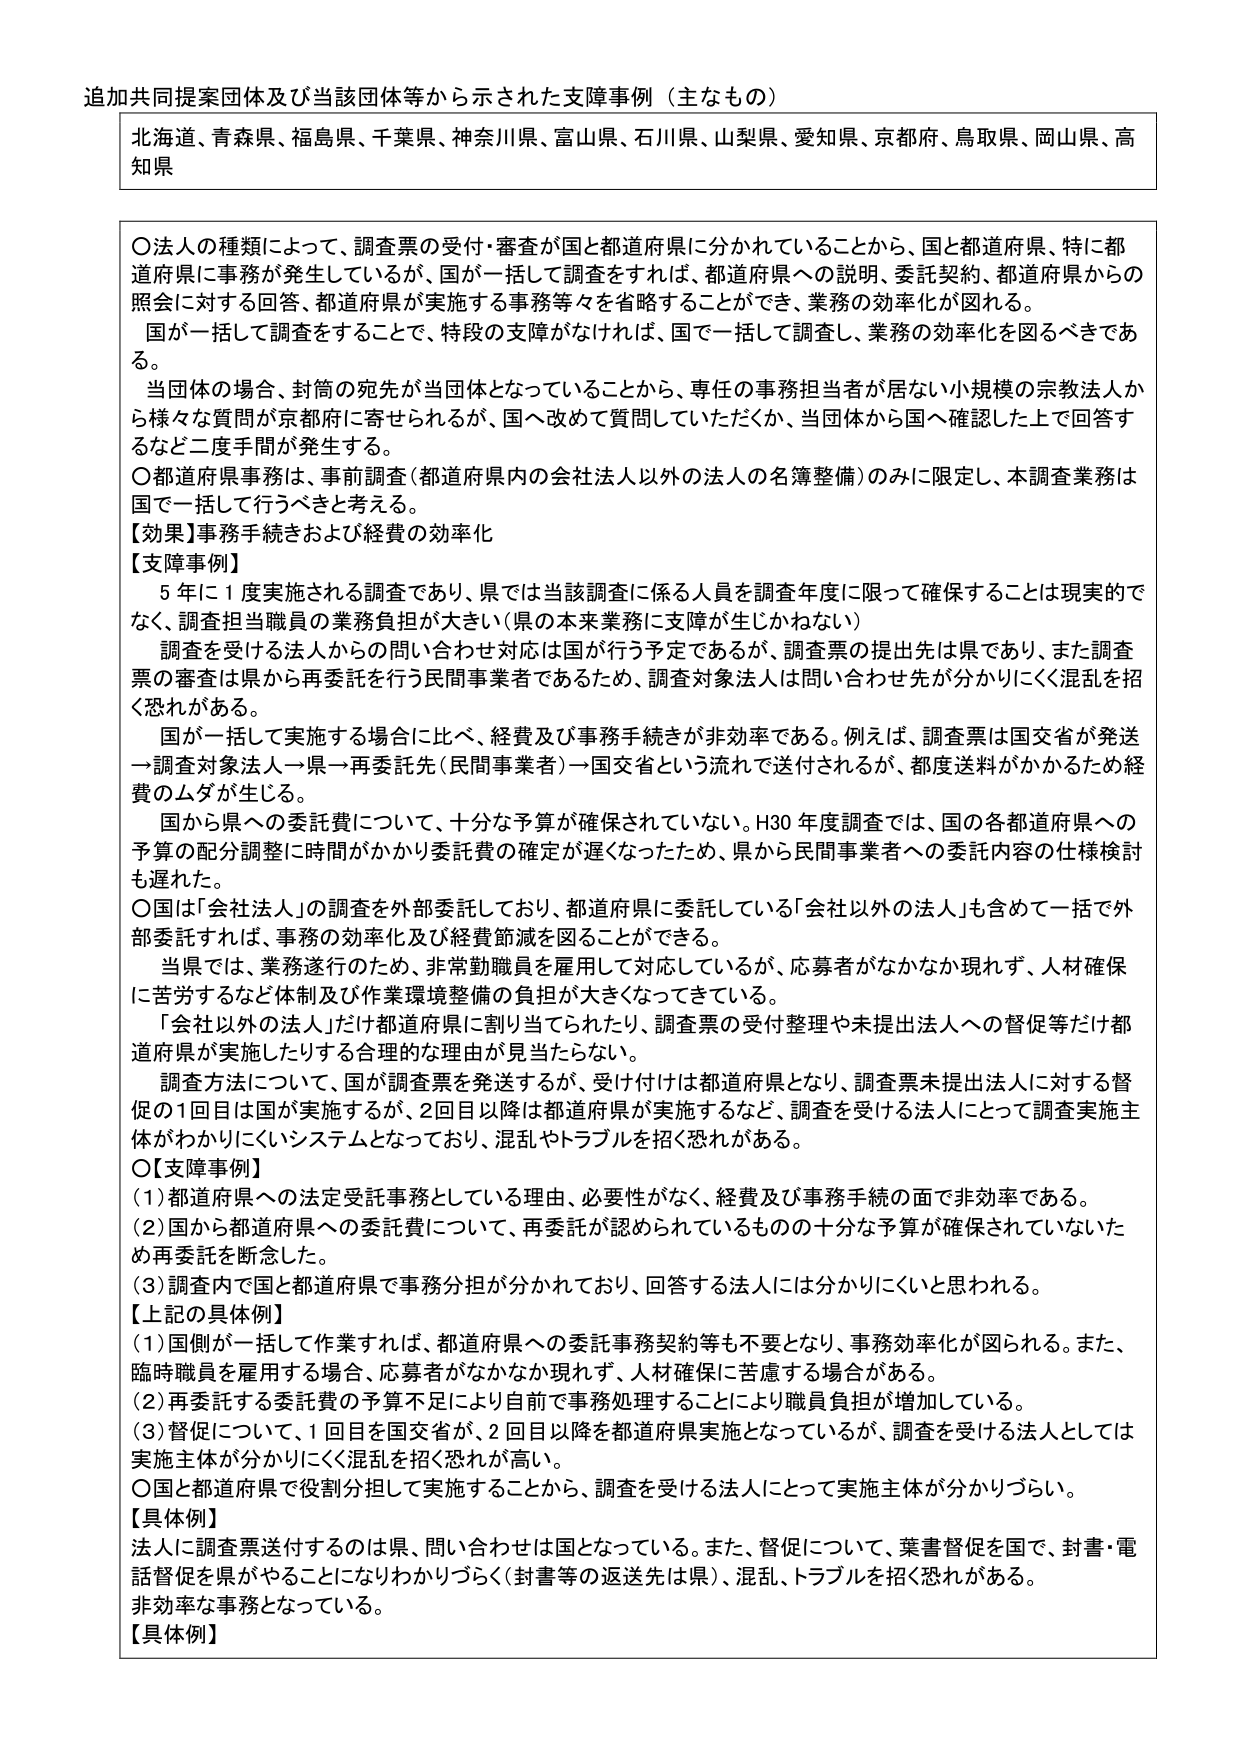
追加共同提案団体及び当該団体等から示された支障事例（主なもの）

北海道、青森県、福島県、千葉県、神奈川県、富山県、石川県、山梨県、愛知県、京都府、鳥取県、岡山県、高知県

〇法人の種類によって、調査票の受付・審査が国と都道府県に分かれていることから、国と都道府県、特に都道府県に事務が発生しているが、国が一括して調査をすれば、都道府県への説明、委託契約、都道府県からの照会に対する回答、都道府県が実施する事務等々を省略することができ、業務の効率化が図れる。
国が一括して調査をすることで、特段の支障がなければ、国で一括して調査し、業務の効率化を図るべきである。
当団体の場合、封筒の宛先が当団体となっていることから、専任の事務担当者が居ない小規模の宗教法人から様々な質問が京都府に寄せられるが、国へ改めて質問していただくか、当団体から国へ確認した上で回答するなど二度手間が発生する。
〇都道府県事務は、事前調査（都道府県内の会社法人以外の法人の名簿整備）のみに限定し、本調査業務は国で一括して行うべきと考える。
【効果】事務手続きおよび経費の効率化
【支障事例】
5年に1度実施される調査であり、県では当該調査に係る人員を調査年度に限って確保することは現実的でなく、調査担当職員の業務負担が大きい（県の本来業務に支障が生じかねない）
調査を受ける法人からの問い合わせ対応は国が行う予定であるが、調査票の提出先は県であり、また調査票の審査は県から再委託を行う民間事業者であるため、調査対象法人は問い合わせ先が分かりにくく混乱を招く恐れがある。
国が一括して実施する場合に比べ、経費及び事務手続きが非効率である。例えば、調査票は国交省が発送→調査対象法人→県→再委託先（民間事業者）→国交省という流れで送付されるが、都度送料がかかるため経費のムダが生じる。
国から県への委託費について、十分な予算が確保されていない。H30年度調査では、国の各都道府県への予算の配分調整に時間がかかり委託費の確定が遅くなったため、県から民間事業者への委託内容の仕様検討も遅れた。
〇国は「会社法人」の調査を外部委託しており、都道府県に委託している「会社以外の法人」も含めて一括で外部委託すれば、事務の効率化及び経費節減を図ることができる。
当県では、業務遂行のため、非常勤職員を雇用して対応しているが、応募者がなかなか現れず、人材確保に苦労するなど体制及び作業環境整備の負担が大きくなってきている。
「会社以外の法人」だけ都道府県に割り当てられたり、調査票の受付整理や未提出法人への督促等だけ都道府県が実施したりする合理的な理由が見当たらない。
調査方法について、国が調査票を発送するが、受け付けは都道府県となり、調査票未提出法人に対する督促の1回目は国が実施するが、2回目以降は都道府県が実施するなど、調査を受ける法人にとって調査実施主体がわかりにくいシステムとなっており、混乱やトラブルを招く恐れがある。
〇【支障事例】
（1）都道府県への法定受託事務としている理由、必要性がなく、経費及び事務手続の面で非効率である。
（2）国から都道府県への委託費について、再委託が認められているものの十分な予算が確保されていないため再委託を断念した。
（3）調査内で国と都道府県で事務分担が分かれており、回答する法人には分かりにくいと思われる。
【上記の具体例】
（1）国側が一括して作業すれば、都道府県への委託事務契約等も不要となり、事務効率化が図られる。また、臨時職員を雇用する場合、応募者がなかなか現れず、人材確保に苦慮する場合がある。
（2）再委託する委託費の予算不足により自前で事務処理することにより職員負担が増加している。
（3）督促について、1回目を国交省が、2回目以降を都道府県実施となっているが、調査を受ける法人としては実施主体が分かりにくく混乱を招く恐れが高い。
〇国と都道府県で役割分担して実施することから、調査を受ける法人にとって実施主体が分かりづらい。
【具体例】
法人に調査票送付するのは県、問い合わせは国となっている。また、督促について、葉書督促を国で、封書・電話督促を県がやることになりわかりづらく（封書等の返送先は県）、混乱、トラブルを招く恐れがある。
非効率な事務となっている。
【具体例】